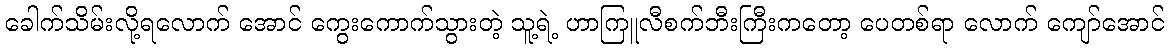
ခေါက်သိမ်းလို့ရလောက် အောင် ကွေးကောက်သွားတဲ့ သူ့ရဲ့ ဟာကြူလီစက်ဘီးကြီးကတော့ ပေတစ်ရာ လောက် ကျော်အောင်